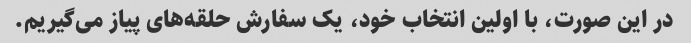
در این صورت، با اولین انتخاب خود، یک سفارش حلقه‌های پیاز می‌گیریم.